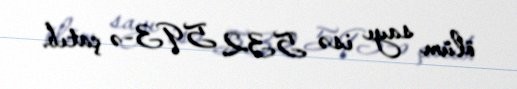
ölüm sayı isə 532 593-ə çatıb.